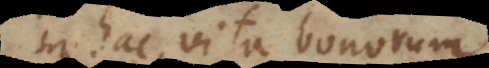
in hac vita bonorum